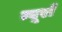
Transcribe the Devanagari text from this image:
त्यूराँ